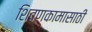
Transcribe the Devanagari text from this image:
शिवणकामासाठी